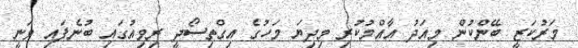
މަރުކަޒީ ބޭންކުން މިއަދު އާއްމުކުރި މިދިޔަ މަހުގެ އިގްތިސޯދީ ރިވިއުގައި ބުނެފައި ވަނީ